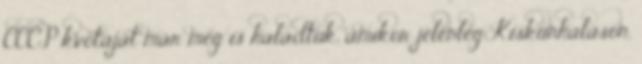
CCCP kvótáját már meg is haladtuk, amikor jelenleg Kiskunhalason,